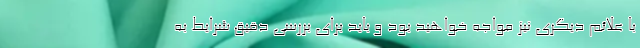
با علائم دیگری نیز مواجه خواهید بود و باید برای بررسی دقیق شرایط به